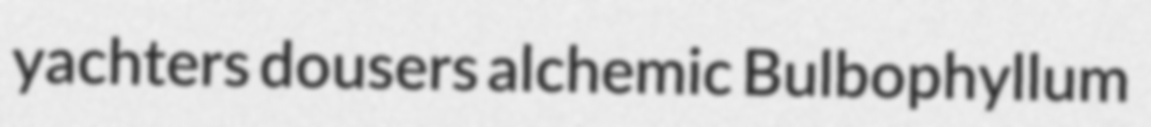
yachters dousers alchemic Bulbophyllum